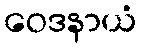
ဝေဒနာယံ